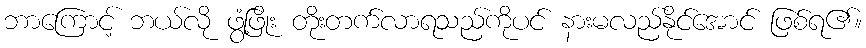
ဘာကြောင့် ဘယ်လို ဖွံ့ဖြိုး တိုးတက်လာရသည်ကိုပင် နားမလည်နိုင်အောင် ဖြစ်ရ၏။